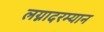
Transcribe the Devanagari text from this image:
लग्नादरम्यान